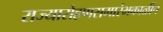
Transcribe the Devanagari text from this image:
राज्यारोहणसमारंभकाळींच